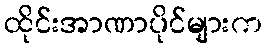
ထိုင်းအာဏာပိုင်များက